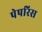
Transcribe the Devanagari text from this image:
पेपरिस